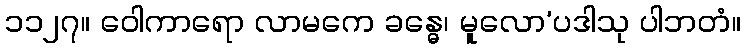
၁၁၂၇။ ဝေါကာရော လာမကေ ခန္ဓေ၊ မူလော’ပဒါသု ပါဘတံ။